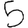
Digit: 5